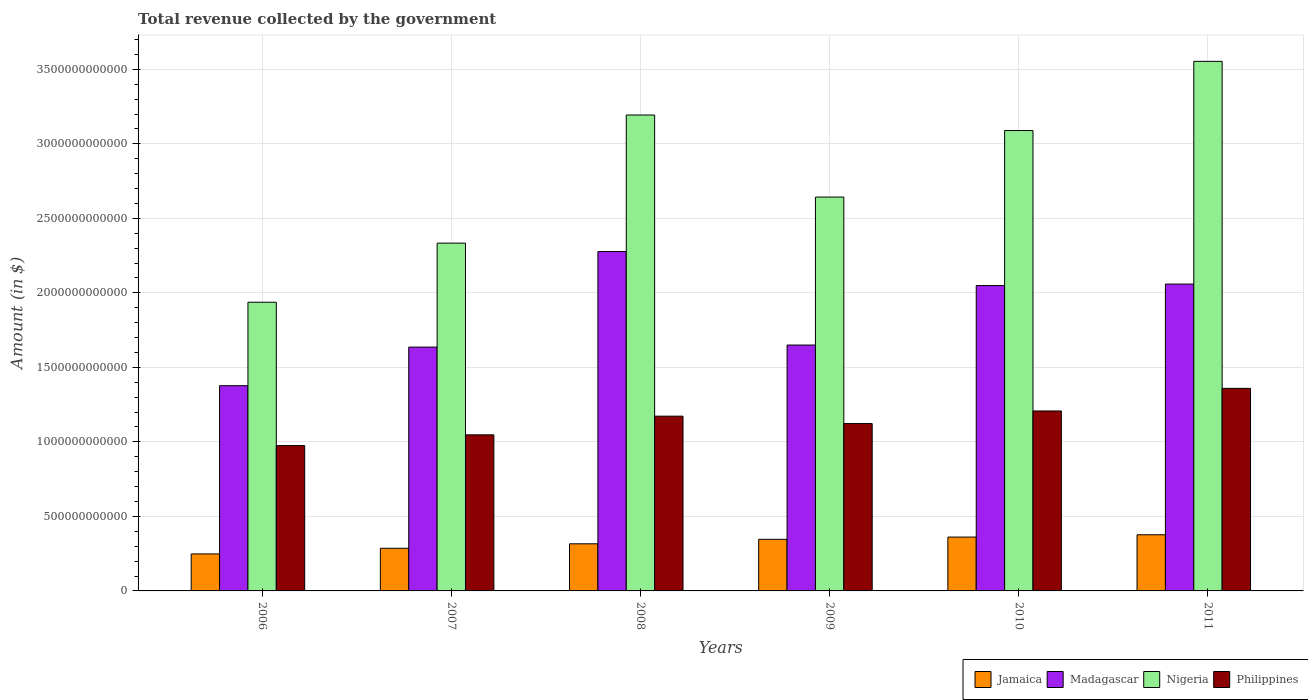
| Years | Jamaica | Madagascar | Nigeria | Philippines |
 | --- | --- | --- | --- | --- |
 | 2006 | 2.48e+11 | 1.38e+12 | 1.94e+12 | 9.75e+11 |
 | 2007 | 2.86e+11 | 1.64e+12 | 2.33e+12 | 1.05e+12 |
 | 2008 | 3.16e+11 | 2.28e+12 | 3.19e+12 | 1.17e+12 |
 | 2009 | 3.46e+11 | 1.65e+12 | 2.64e+12 | 1.12e+12 |
 | 2010 | 3.61e+11 | 2.05e+12 | 3.09e+12 | 1.21e+12 |
 | 2011 | 3.77e+11 | 2.06e+12 | 3.55e+12 | 1.36e+12 |